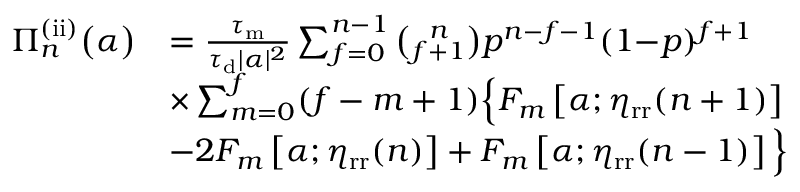
\begin{array} { r l } { \Pi _ { n } ^ { \mathrm { ( i i ) } } \big ( \alpha \big ) } & { = \frac { \tau _ { \mathrm { m } } } { \tau _ { \mathrm { d } } | \alpha | ^ { 2 } } \sum _ { f = 0 } ^ { n - 1 } \binom { n } { f + 1 } p ^ { n - f - 1 } ( 1 { - } p ) ^ { f + 1 } } \\ & { \times \sum _ { m = 0 } ^ { f } ( f - m + 1 ) \Big \{ F _ { m } \left[ \alpha ; \eta _ { \mathrm { r r } } ( n + 1 ) \right] } \\ & { - 2 F _ { m } \left[ \alpha ; \eta _ { \mathrm { r r } } ( n ) \right] + F _ { m } \left[ \alpha ; \eta _ { \mathrm { r r } } ( n - 1 ) \right] \Big \} } \end{array}